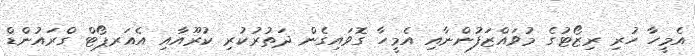
އެމީހާ ހުރި ރިޒޯޓުގެ މުވައްޒަފުންނާއި އެމީހާ ގޮވައިގެން ދަތުރުކުރި ކުރޫއާއި އެއަރޕޯޓް ގްރައުންޑް